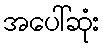
အပေါ်ဆုံး